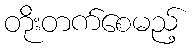
တိုးတက်စေမည့်